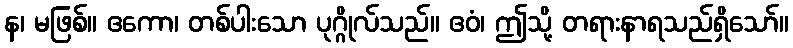
န၊ မဖြစ်။ ဧကော၊ တစ်ပါးသော ပုဂ္ဂိုလ်သည်။ ဧဝံ၊ ဤသို့ တရားနာရသည်ရှိသော်။